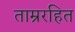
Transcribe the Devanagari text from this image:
ताम्ररहित